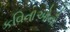
કવિતાઓનો